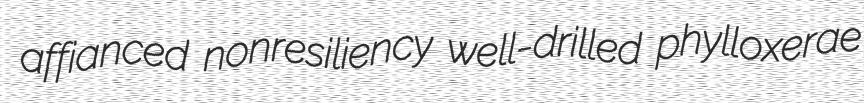
affianced nonresiliency well-drilled phylloxerae